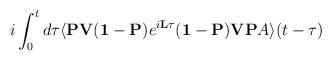
LaTeX: \begin{align*}i \int_0^t d \tau \langle {\bf PV}({\bf1}- {\bf P}) e^{i {\bf L} \tau} ({\bf1}- {\bf P}) {\bf VP} A \rangle(t-\tau)\end{align*}